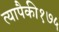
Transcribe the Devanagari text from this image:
त्यापैकी१७५